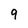
Character: 9